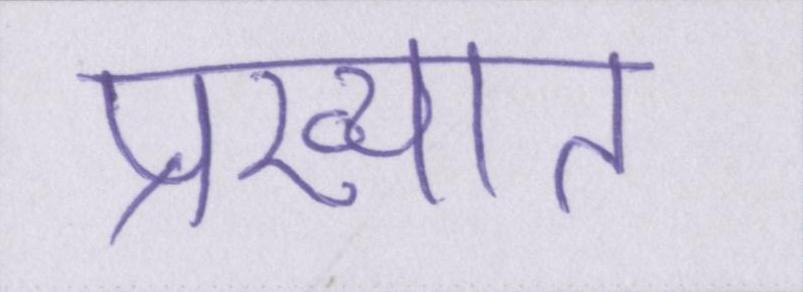
प्रख्यात